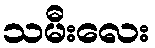
သမီးလေး